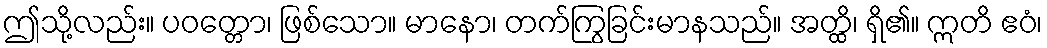
ဤသို့လည်း။ ပဝတ္တော၊ ဖြစ်သော။ မာနော၊ တက်ကြွခြင်းမာနသည်။ အတ္ထိ၊ ရှိ၏။ ဣတိ ဧဝံ၊